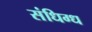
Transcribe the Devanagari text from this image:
संधिग्ध